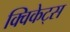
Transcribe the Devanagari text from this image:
क्विकेट्स